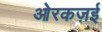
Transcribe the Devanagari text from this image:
ओरकज़ई